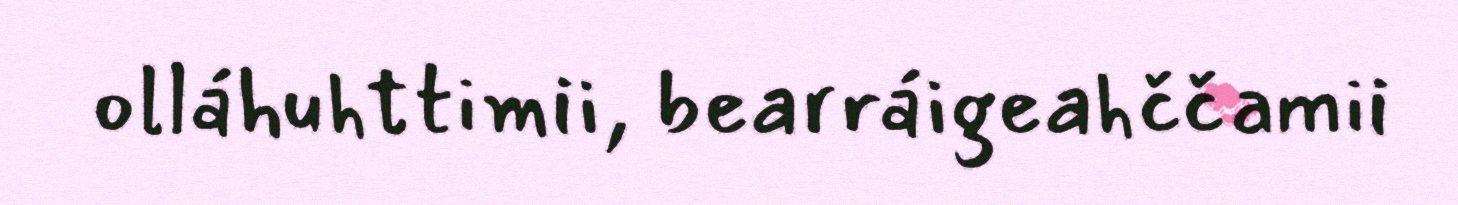
olláhuhttimii, bearráigeahččamii